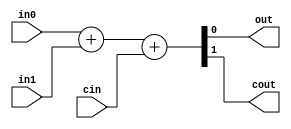
//========================================================================
// Verilog Components: Arithmetic Components
//========================================================================

`ifndef VC_ARITH_V
`define VC_ARITH_V

//------------------------------------------------------------------------
// Adders
//------------------------------------------------------------------------

module vc_Adder #( parameter W = 1 )
(
  input  [W-1:0] in0, in1,
  input          cin,
  output [W-1:0] out,
  output         cout
);

  assign {cout,out} = in0 + in1 + cin;

endmodule

module vc_Adder_simple #( parameter W = 1 )
(
  input  [W-1:0] in0, in1,
  output [W-1:0] out
);

  assign out = in0 + in1;

endmodule

//------------------------------------------------------------------------
// Subtractor
//------------------------------------------------------------------------

module vc_Subtractor #( parameter W = 1 )
(
  input  [W-1:0] in0, in1,
  output [W-1:0] out
);

  assign out = in0 - in1;

endmodule

//------------------------------------------------------------------------
// Incrementer
//------------------------------------------------------------------------

module vc_Inc #( parameter W = 1, parameter INC = 1 )
(
  input  [W-1:0] in,
  output [W-1:0] out
);

  assign out = in + INC;

endmodule

//------------------------------------------------------------------------
// Zero-Extension
//------------------------------------------------------------------------

module vc_ZeroExtend #( parameter W_IN = 1, parameter W_OUT = 8 )
(
  input  [W_IN-1:0]  in,
  output [W_OUT-1:0] out
);

  assign out = { {(W_OUT-W_IN){1'b0}}, in };

endmodule

//------------------------------------------------------------------------
// Sign-Extension
//------------------------------------------------------------------------

module vc_SignExtend #( parameter W_IN = 1, parameter W_OUT = 8 )
(
  input  [W_IN-1:0]  in,
  output [W_OUT-1:0] out
);

  assign out = { {(W_OUT-W_IN){in[W_IN-1]}}, in };

endmodule

//------------------------------------------------------------------------
// Equal comparator
//------------------------------------------------------------------------

module vc_EQComparator #( parameter W = 1 )
(
  input  [W-1:0] in0,
  input  [W-1:0] in1,
  output         out
);

  assign out = ( in0 == in1 );

endmodule

//------------------------------------------------------------------------
// Less-Than Comparator
//------------------------------------------------------------------------

module vc_LTComparator #( parameter W = 1 )
(
  input  [W-1:0] in0,
  input  [W-1:0] in1,
  output         out
);

  assign out = ( in0 < in1 );

endmodule

`endif